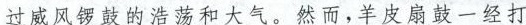
过威风锣鼓的浩荡和大气。然而,羊皮扇鼓一经打